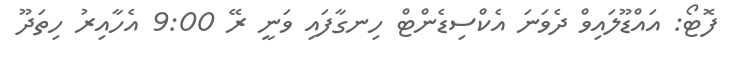
ފޮޓޯ: އައްޑޫލައިވް ދެވަނަ އެކްސިޑެންޓް ހިނގާފައި ވަނީ ރޭ 9:00 އެހާއިރު ހިތަދޫ